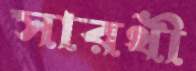
সারথী